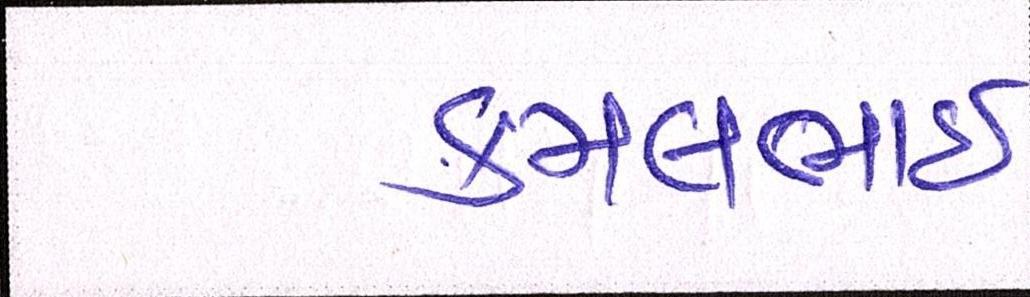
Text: કમલભાઇ